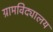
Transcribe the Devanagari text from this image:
ग्रामविद्यालय